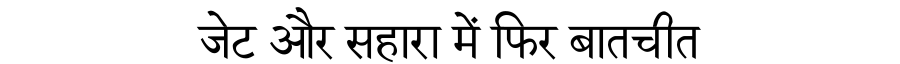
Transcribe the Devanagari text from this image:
जेट और सहारा में फिर बातचीत